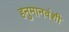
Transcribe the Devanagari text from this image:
हनुमानवंशी